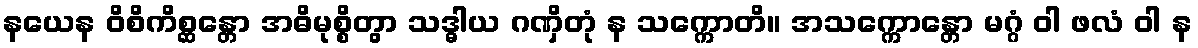
နယေန ဝိစိကိစ္ဆန္တော အဓိမုစ္စိတွာ သဒ္ဓါယ ဂဏှိတုံ န သက္ကောတိ။ အသက္ကောန္တော မဂ္ဂံ ဝါ ဖလံ ဝါ န